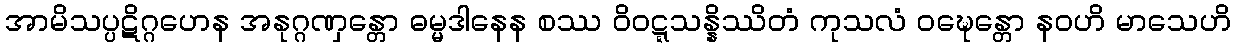
အာမိသပ္ပဋိဂ္ဂဟေန အနုဂ္ဂဏှန္တော ဓမ္မဒါနေန စဿ ဝိဝဋ္ဋသန္နိဿိတံ ကုသလံ ဝဍ္ဎေန္တော နဝဟိ မာသေဟိ